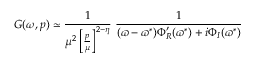
G ( \omega , p ) \simeq \frac { 1 } { \mu ^ { 2 } \left[ \frac { p } { \mu } \right] ^ { 2 - \eta } } ~ \frac { 1 } { ( \varpi - \varpi ^ { * } ) \Phi _ { R } ^ { \prime } ( \varpi ^ { * } ) + i \Phi _ { I } ( \varpi ^ { * } ) }